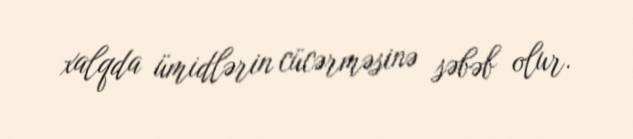
xalqda ümidlərin cücərməsinə səbəb olur.